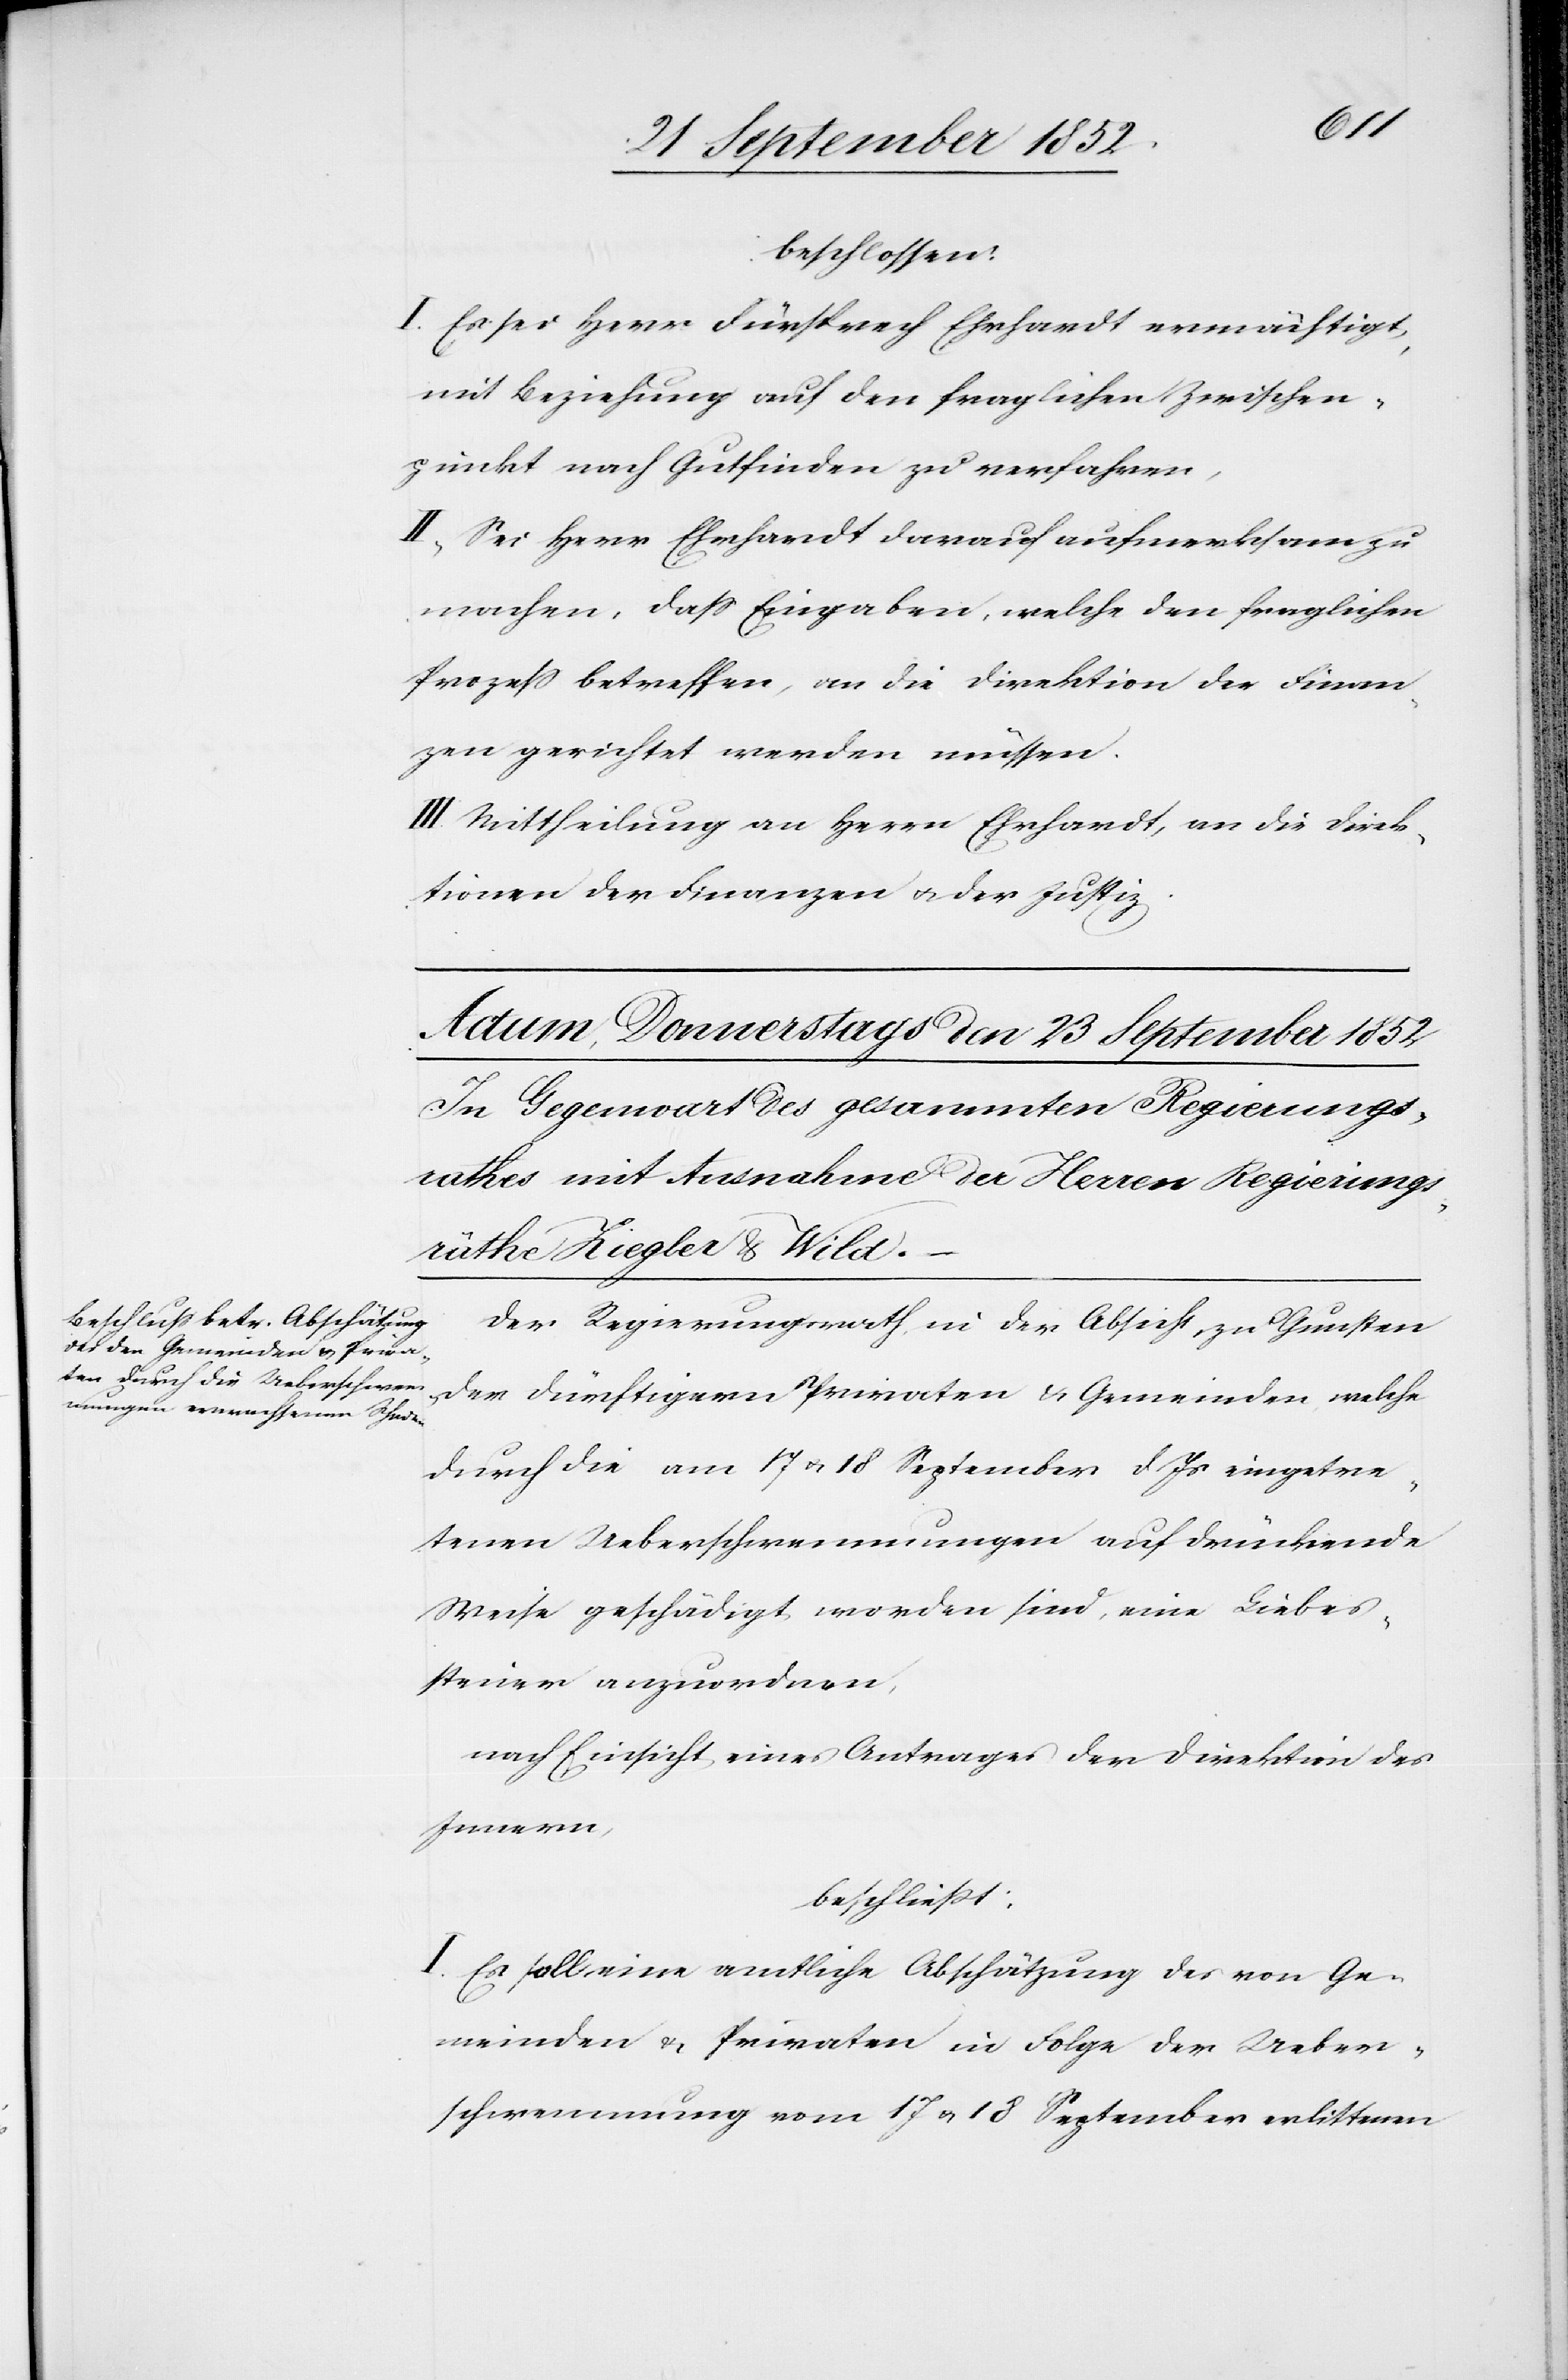
beschlossen:
I. Es sei Herr Fürsprech Ehrhardt ermächtigt,
mit Beziehung auf den fraglichen Zwischen¬
punkt nach Gutfinden zu verfahren,
II, Sei Herr Ehrhardt darauf aufmerksam zu
machen, dass Eingaben, welche den fraglichen
Prozess betreffen, an die Direktion der Finan¬
zen gerichtet werden müssen.
III. Mittheilung an Herrn Ehrhardt, an die Direk¬
tionen der Finanzen & der Justiz.
Der Regierungsrath, in der Absicht, zu Gunsten
der dürftigern Privaten & Gemeinden, welche
durch die am 17 & 18 September d Js eingetre¬
tenen Ueberschwemmungen auf drückende
Weise geschädigt worden sind, eine Liebes¬
steuer anzuordnen,
nach Einsicht eines Antrages der Direktion des
Innern,
beschließt:
I. Es soll eine amtliche Abschätzung des von Ge¬
meinden & Privaten in Folge der Ueber¬
schwemmung vom 17 & 18 September erlittenen